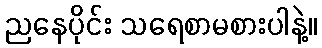
ညနေပိုင်း သရေစာမစားပါနဲ့။